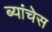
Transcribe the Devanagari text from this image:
ब्यांचेस